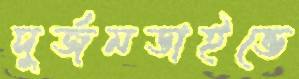
দুর্জনডাইভে